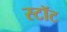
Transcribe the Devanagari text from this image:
स्टॉट